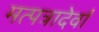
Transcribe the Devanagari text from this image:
मत्पत्रादेर्वां